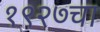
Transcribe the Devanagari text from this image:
१९२७चा